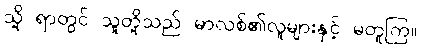
သို့ ရာတွင် သူတို့သည် မာလစ်၏လူများနှင့် မတူကြ။